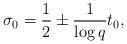
LaTeX: \begin{align*}\sigma_0=\frac12\pm\frac1{\log q} t_0 ,\end{align*}